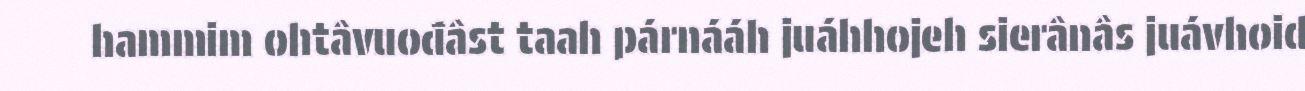
hammim ohtâvuođâst taah párnááh juáhhojeh sierânâs juávhoid